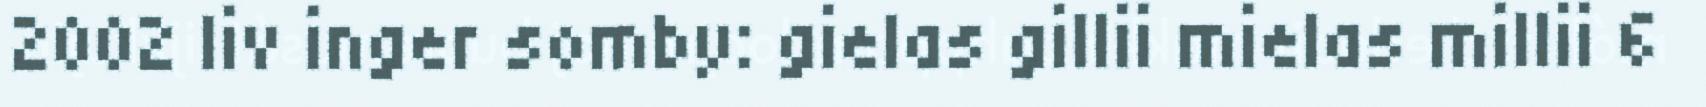
2002 liv inger somby: gielas gillii mielas millii 6